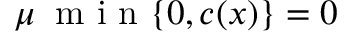
\mu \: \mathrm { ~ m ~ i ~ n ~ } \{ 0 , c ( x ) \} = 0